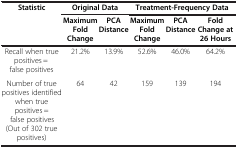
<table><thead><tr><td><b>Statistic</b></td><td colspan="2"><b>Original Data</b></td><td colspan="3"><b>Treatment-Frequency Data</b></td></tr><tr><td><b> </b></td><td><b>Maximum Fold Change</b></td><td><b>PCA Distance</b></td><td><b>Maximum Fold Change</b></td><td><b>PCA Distance</b></td><td><b>Fold Change at 26 Hours</b></td></tr></thead><tbody><tr><td>Recall when true positives = false positives</td><td>21.2%</td><td>13.9%</td><td>52.6%</td><td>46.0%</td><td>64.2%</td></tr><tr><td>Number of true positives identified when true positives = false positives (Out of 302 true positives)</td><td>64</td><td>42</td><td>159</td><td>139</td><td>194</td></tr></tbody></table>